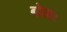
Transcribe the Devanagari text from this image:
बोलः